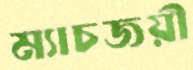
ম্যাচজয়ী